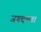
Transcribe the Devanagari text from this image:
जगदल्ला